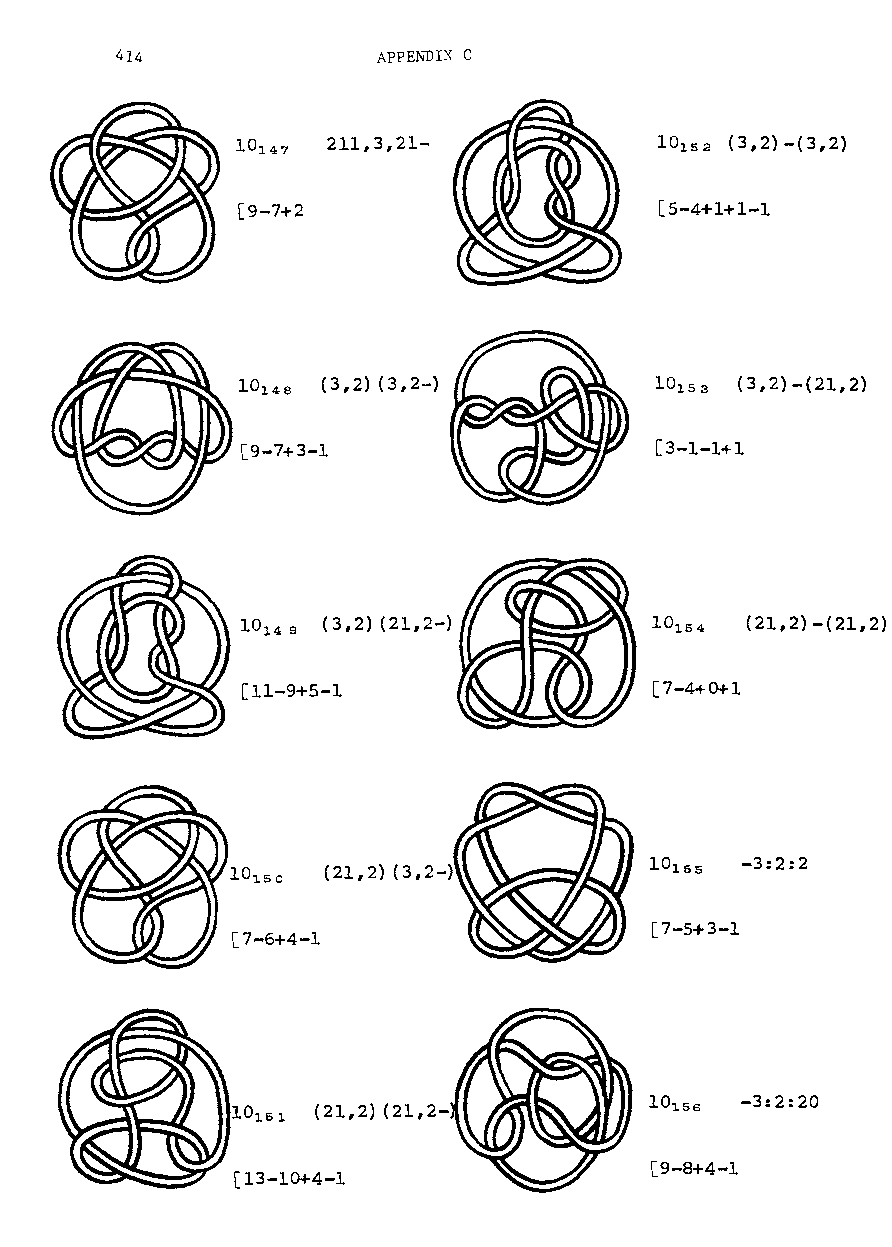
414              APPENDIX C
 211,3,21-             10 152 (3 12)- (3,2)
 [9-7+2                      [5-4+1+1-1
 10   (3,2) (3,2-)          10    (3,2)-(21,2)
 148                         153
 [9-7+3-1                   [3-1-1+1
 1014 9 (3,2) (21,2-)             (21,2) -(21,2)
 [11-9+5-1                  [7-4+0+1
 -3:2:2
 (21,2) (3,2-)
 [7-5+3-1
 [7-6+4-1
 -3:2:20
 10161 (21,2) (21,2-
 [9-8+4-1
 [13-10+4-1